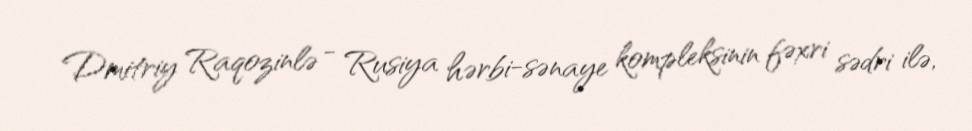
Dmitriy Raqozinlə - Rusiya hərbi-sənaye kompleksinin fəxri sədri ilə,